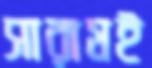
সারামই